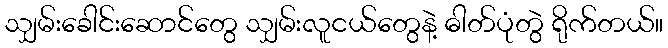
သျှမ်းခေါင်းဆောင်တွေ သျှမ်းလူငယ်တွေနဲ့ ဓါတ်ပုံတွဲ ရိုက်တယ်။